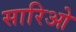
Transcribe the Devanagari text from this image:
सारिओ